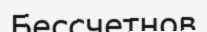
Бессчетнов